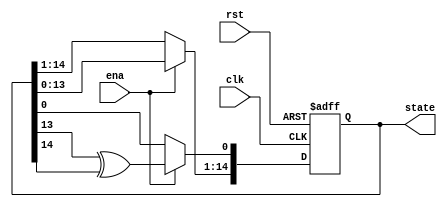
module lfsr15(clk, rst, ena, state);
	input clk, rst, ena;
	output [14:0] state;
	reg [14:0] state;
	always @(posedge rst or posedge clk) begin
		if (rst == 1) begin
			state <= 1;
		end else if (ena) begin
			state[14:1] <= state[13:0];
			state[0] <= state[13] ^ state[14];
		end
	end
endmodule